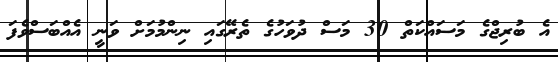
އެ ބުރިޖްގެ މަސައްކަތް 30 މަސް ދުވަހުގެ ތެރޭގައި ނިންމުމަށް ވަނީ އެއްބަސްވެފަ